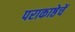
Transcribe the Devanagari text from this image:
पराकाष्ठेचें